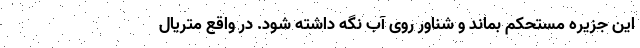
این جزیره مستحکم بماند و شناور روی آب نگه داشته شود. در واقع متریال